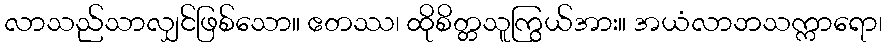
လာသည်သာလျှင်ဖြစ်သော။ ဧတဿ၊ ထိုစိတ္တသူကြွယ်အား။ အယံလာဘသက္ကာရော၊